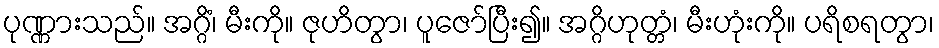
ပုဏ္ဏားသည်။ အဂ္ဂိံ၊ မီးကို။ ဇုဟိတွာ၊ ပူဇော်ပြီး၍။ အဂ္ဂိဟုတ္တံ၊ မီးဟုံးကို။ ပရိစရတွာ၊